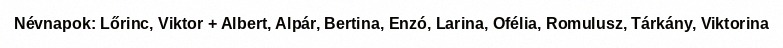
Névnapok: Lőrinc, Viktor + Albert, Alpár, Bertina, Enzó, Larina, Ofélia, Romulusz, Tárkány, Viktorina